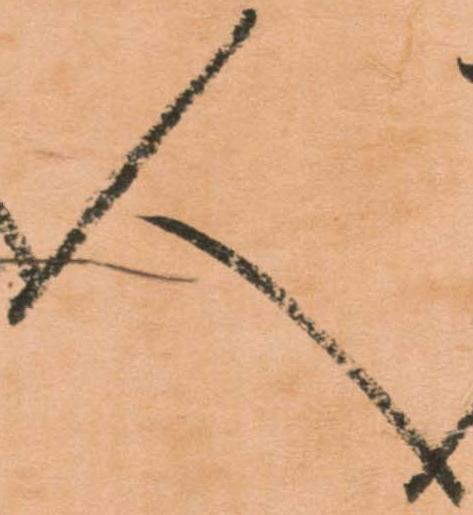
人